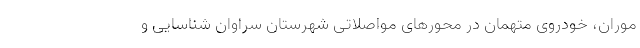
موران، خودروی متهمان در محورهای مواصلاتی شهرستان سراوان شناسایی و